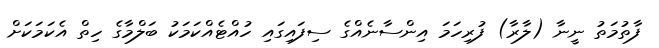
ފާތުމަތު ނީނާ (ލާރާ) ފުރިހަމަ އިންސާނެއްގެ ސިފައިގައި ހުއްޓެއްކަމަކު ބަލްމާގެ ހިތް އެކަމަކަށް